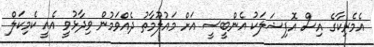
އެމެރިކާގެ އިސް އޮފިޝަލަކު އެންބީސީ އަށް މައުލޫމާތު ދެއްވަމުން ވިދާޅުވީ އެއީ ކެމިކަލް